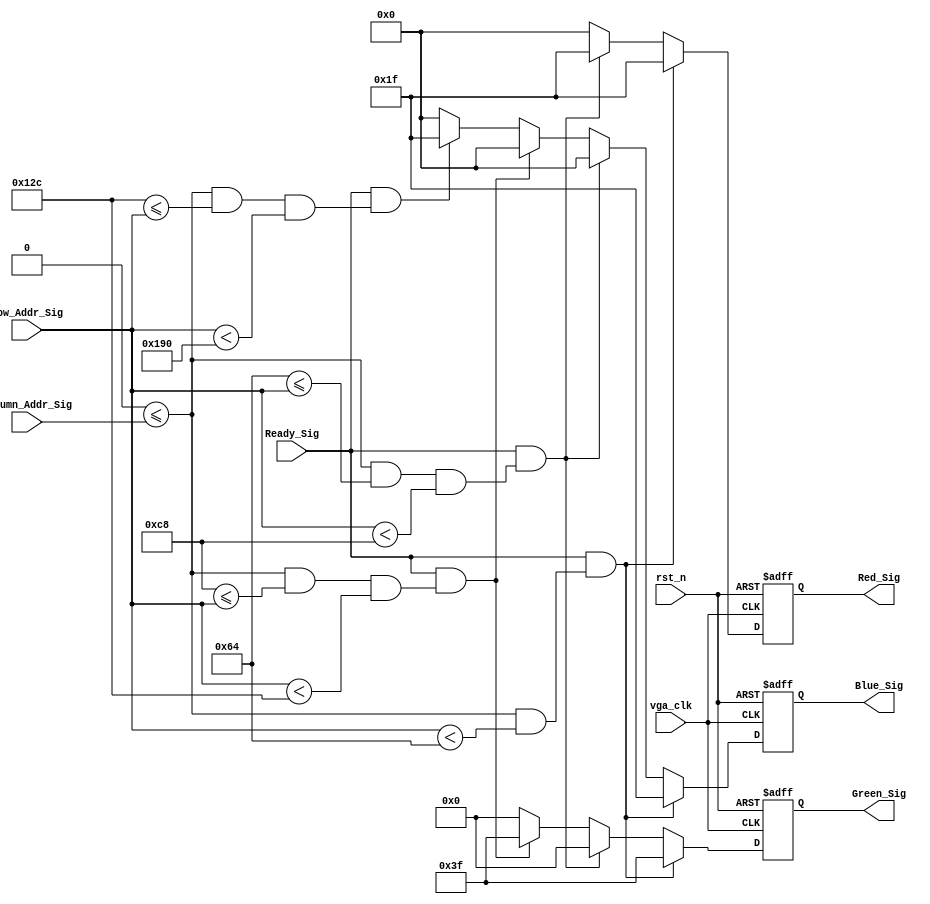


module vga_control_module(
    vga_clk,
    rst_n,
    Ready_Sig,
    Column_Addr_Sig,
    Row_Addr_Sig,
    Red_Sig,
    Green_Sig,
    Blue_Sig
    );
    
    input vga_clk;
    input rst_n;
    input Ready_Sig;
    input [11:0]Column_Addr_Sig;
    input [11:0]Row_Addr_Sig;
    
    output [4:0]Red_Sig;
    output [5:0]Green_Sig;
    output [4:0]Blue_Sig;
    
    
    reg [4:0] w_Red_Sig;
    reg [5:0] w_Green_Sig;
    reg [4:0] w_Blue_Sig;
    
    /*
     * 
     * 1. Ready_Sig
     * 2. if else 
     */
    
    always @(posedge vga_clk or negedge rst_n) begin
        if (!rst_n) begin // 
            w_Red_Sig   <= 5'b0_0000;
            w_Green_Sig <= 6'b00_0000;
            w_Blue_Sig  <= 5'b0_0000;
        end
        else if (Ready_Sig && (12'd0 <= Column_Addr_Sig && Row_Addr_Sig < 12'd100)) begin // 0 * 100 
            w_Red_Sig   <= 5'b1_1111;
            w_Green_Sig <= 6'b11_1111;
            w_Blue_Sig  <= 5'b1_1111;
        end
        else if (Ready_Sig && (12'd0 <= Column_Addr_Sig && 12'd100 <= Row_Addr_Sig && Row_Addr_Sig < 12'd200)) begin // 
            w_Red_Sig   <= 5'b1_1111;
            w_Green_Sig <= 6'b00_0000;
            w_Blue_Sig  <= 5'b0_0000;
        end
        else if (Ready_Sig && (12'd0 <= Column_Addr_Sig && 12'd200 <= Row_Addr_Sig && Row_Addr_Sig < 12'd300)) begin // 
            w_Red_Sig   <= 5'b0_0000;
            w_Green_Sig <= 6'b11_1111;
            w_Blue_Sig  <= 5'b0_0000;
        end
        else if (Ready_Sig && (12'd0 <= Column_Addr_Sig && 12'd300 <= Row_Addr_Sig && Row_Addr_Sig < 12'd400)) begin // 
            w_Red_Sig   <= 5'b0_0000;
            w_Green_Sig <= 6'b00_0000;
            w_Blue_Sig  <= 5'b1_1111;
        end
        else begin
            w_Red_Sig   <= 5'b0_0000;
            w_Green_Sig <= 6'b00_0000;
            w_Blue_Sig  <= 5'b0_0000;
        end
    end

    assign Red_Sig   = w_Red_Sig;
    assign Green_Sig = w_Green_Sig;
    assign Blue_Sig  = w_Blue_Sig; 
    
endmodule